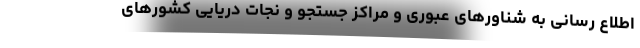
اطلاع رسانی به شناورهای عبوری و مراکز جستجو و نجات دریایی کشورهای